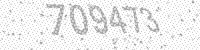
Solution: 709473